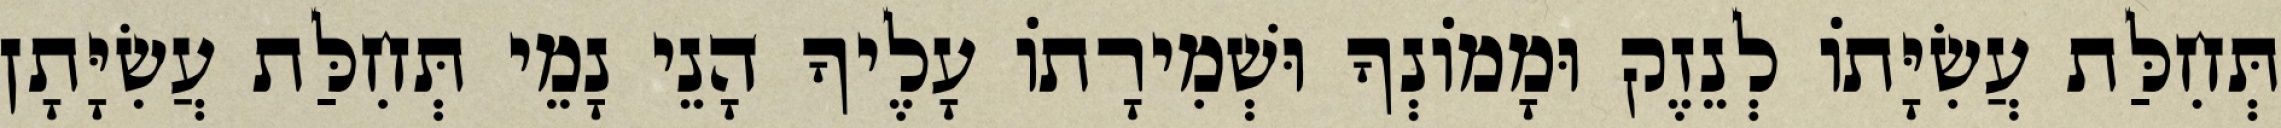
תְּחִלַּת עֲשִׂיָּתוֹ לְנֵזֶק וּמָמוֹנְךָ וּשְׁמִירָתוֹ עָלֶיךָ הָנֵי נָמֵי תְּחִלַּת עֲשִׂיָּתָן